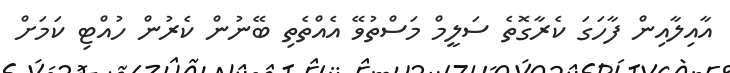
އާއިލާއިން ފާހަގަ ކެރާގޮތެ ސަލީމް މަސްތުވޭ އެއްތެތި ބޭނުން ކެރުން ހުއްޓި ކަމަށް